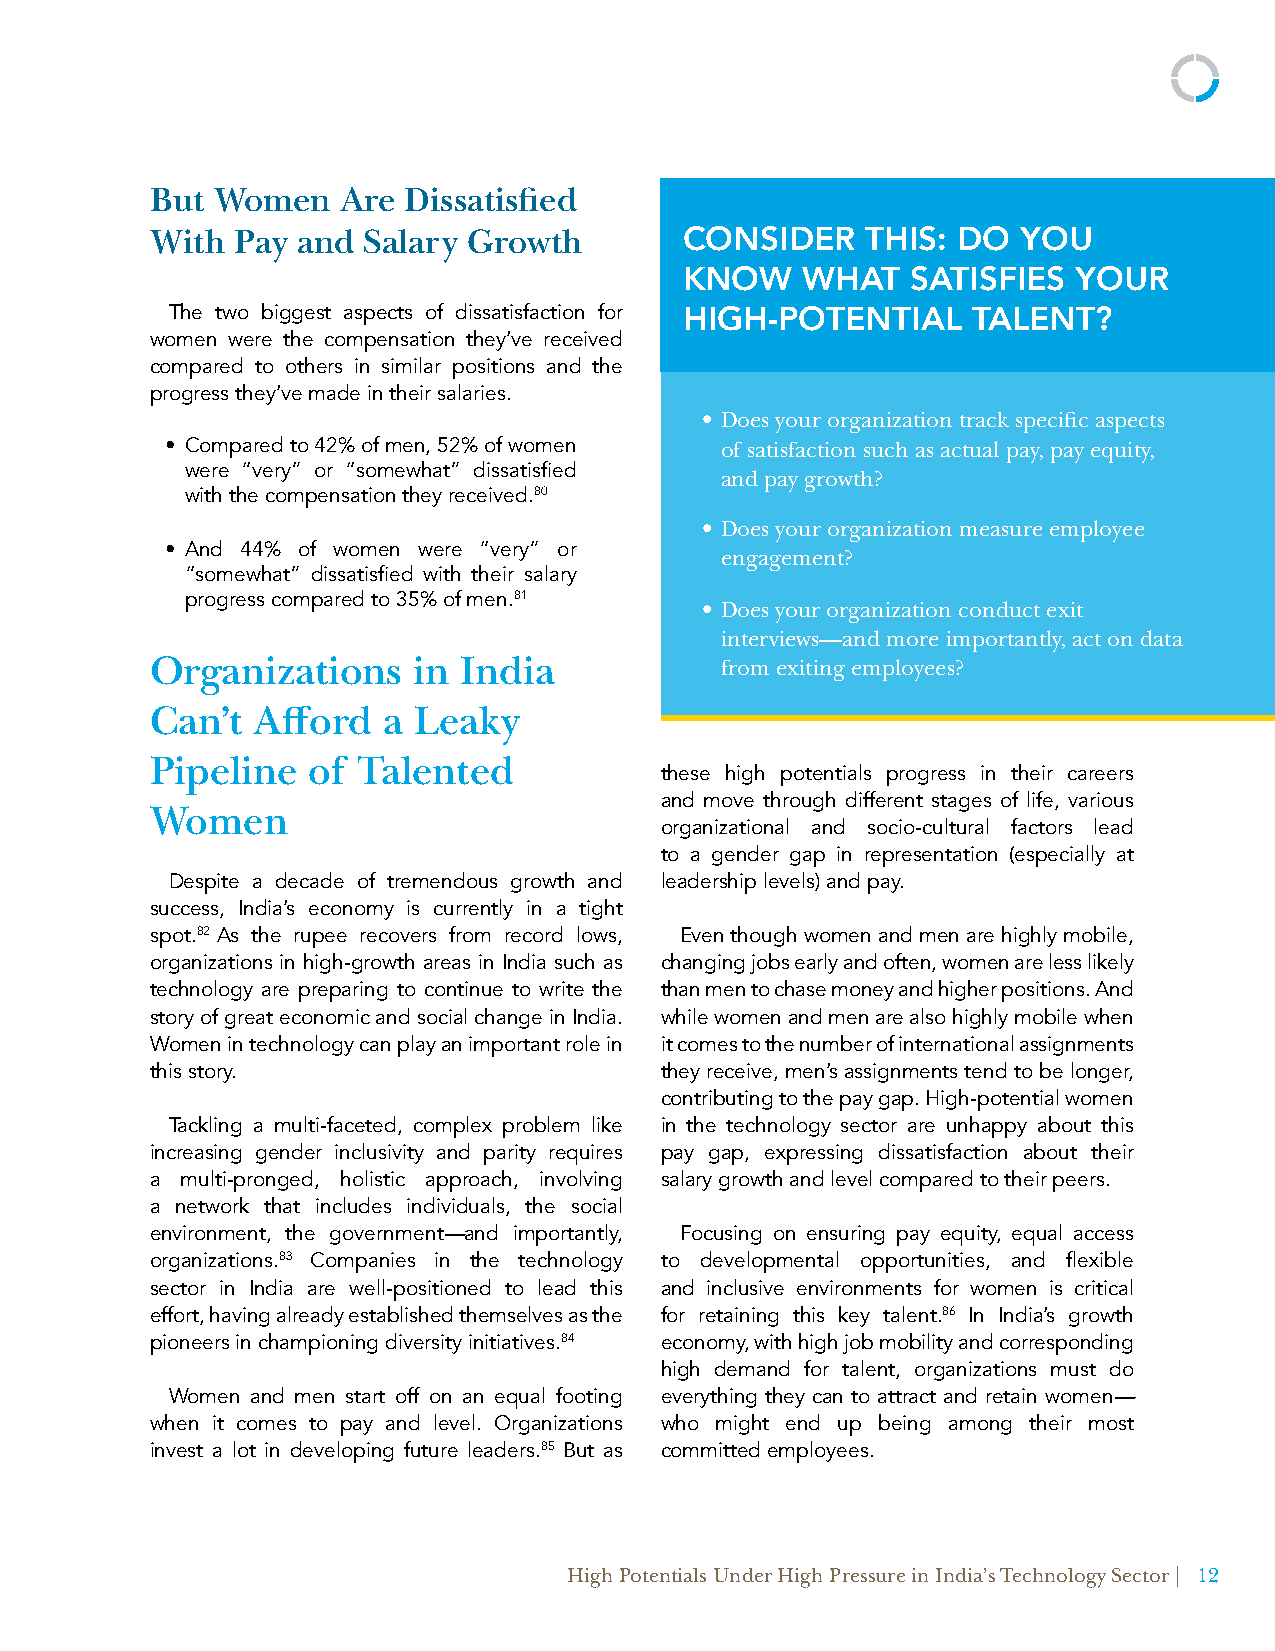
But Women   Are  Dissatisfied
 With Pay  and Salary Growth        CONSIDER    THIS: DO   YOU
 KNOW    WHAT   SATISFIES  YOUR
 The two biggest aspects of dissatisfaction for
 HIGH-POTENTIAL     TALENT?
 women were the compensation they’ve received
 compared to others in similar positions and the
 progress they’ve made in their salaries.
 • Does your organization track specific aspects
 • Compared to 42% of men, 52% of women of satisfaction such as actual pay, pay equity,
 were “very” or “somewhat” dissatisfied
 and pay growth?
 with the compensation they received.80
 • Does your organization measure employee
 • And 44% of women were “very” or
 engagement?
 “somewhat” dissatisfied with their salary
 progress compared to 35% of men.81
 • Does your organization conduct exit
 interviews—and more importantly, act on data
 Organizations    in India             from exiting employees?
 Can’t  Afford  a Leaky
 Pipeline  of  Talented
 these high potentials progress in their careers
 and move through different stages of life, various
 Women
 organizational and socio-cultural factors lead
 to a gender gap in representation (especially at
 Despite a decade of tremendous growth and leadership levels) and pay.
 success, India’s economy is currently in a tight
 spot.82 As the rupee recovers from record lows, Even though women and men are highly mobile,
 organizations in high-growth areas in India such as changing jobs early and often, women are less likely
 technology are preparing to continue to write the than men to chase money and higher positions. And
 story of great economic and social change in India. while women and men are also highly mobile when
 Women in technology can play an important role in it comes to the number of international assignments
 this story.                       they receive, men’s assignments tend to be longer,
 contributing to the pay gap. High-potential women
 Tackling a multi-faceted, complex problem like in the technology sector are unhappy about this
 increasing gender inclusivity and parity requires pay gap, expressing dissatisfaction about their
 a multi-pronged, holistic approach, involving salary growth and level compared to their peers.
 a network that includes individuals, the social
 environment, the government—and importantly, Focusing on ensuring pay equity, equal access
 organizations.83 Companies in the technology to developmental opportunities, and flexible
 sector in India are well-positioned to lead this and inclusive environments for women is critical
 effort, having already established themselves as the for retaining this key talent.86 In India’s growth
 pioneers in championing diversity initiatives.84 economy, with high job mobility and corresponding
 high demand for talent, organizations must do
 Women and men start off on an equal footing everything they can to attract and retain women—
 when it comes to pay and level. Organizations who might end up being among their most
 invest a lot in developing future leaders.85 But as committed employees.
 High Potentials Under High Pressure in India’s Technology Sector | 12
 11 | High Potentials Under High Pressure in India’s Technology Sector